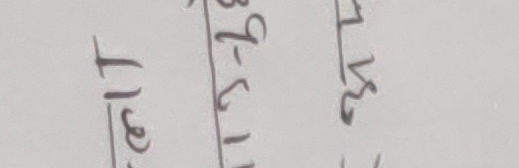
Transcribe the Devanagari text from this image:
३१। cait ११-६३